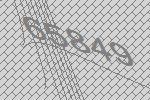
65849